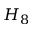
H _ { 8 }